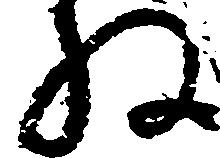
ね